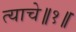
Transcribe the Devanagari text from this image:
त्याचे॥१॥